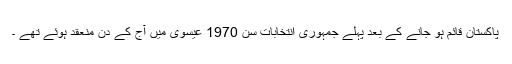
پاکستان قائم ہو جانے کے بعد پہلے جمہوری انتخابات سن 1970 عيسوی ميں آج کے دن منعقد ہوئے تھے ۔